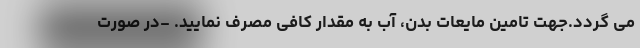
می گردد.جهت تامین مایعات بدن، آب به مقدار کافی مصرف نمایید. -در صورت